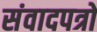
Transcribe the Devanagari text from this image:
संवादपत्रों